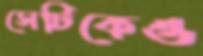
সেটিকেও